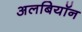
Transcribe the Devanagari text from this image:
अलबियॉन